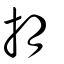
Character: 抈